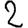
Digit: 2